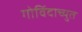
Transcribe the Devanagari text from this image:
गोविंदाच्युत